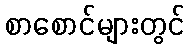
စာစောင်များတွင်